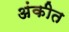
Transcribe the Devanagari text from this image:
अंकीत